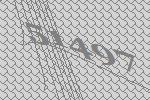
51497